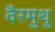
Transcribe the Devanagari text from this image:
वैरमुथु